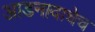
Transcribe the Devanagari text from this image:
आडनावाचेच